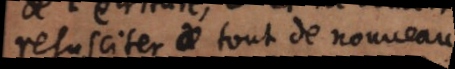
resusciter tout de nouveau,